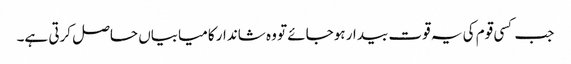
جب کسی قوم کی یہ قوت بیدار ہوجائے تو وہ شاندار کامیابیاں حاصل کرتی ہے۔